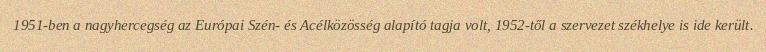
1951-ben a nagyhercegség az Európai Szén- és Acélközösség alapító tagja volt, 1952-től a szervezet székhelye is ide került.